Leaving Certificate Examination, 1921
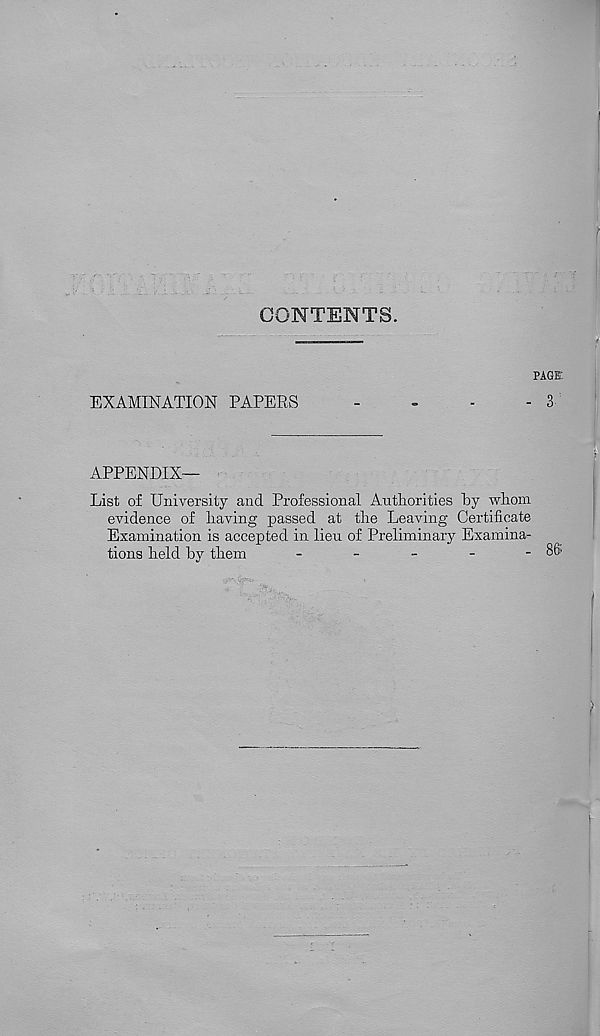
CONTENTS.
PAGE
EXAMINATION PAPERS
-
3
APPENDIX—
List of University and Professional Authorities by whom
evidence of having passed at the Leaving Certificate
Examination is accepted in lieu of Preliminary Examina-
tions held by them
-
-
-
-
-